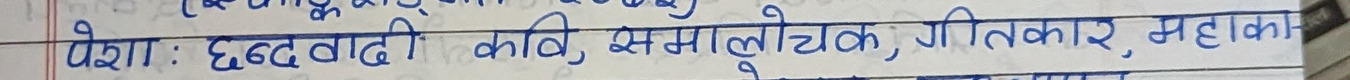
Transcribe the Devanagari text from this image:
पेशा : छंदवादी कवि, समालोचक, गीतकार, महाका